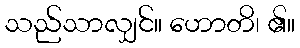
သည်သာလျှင်။ ဟောတိ၊ ၏။